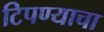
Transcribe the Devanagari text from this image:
टिपण्याचा